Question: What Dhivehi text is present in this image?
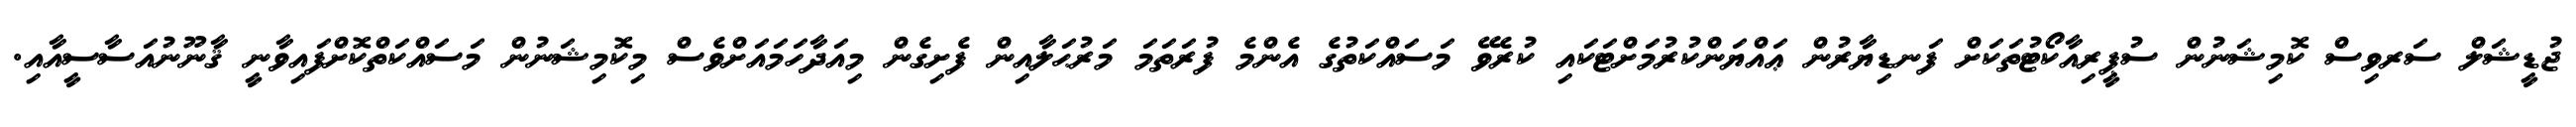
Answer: ޖުޑީޝަލް ސަރވިސް ކޮމިޝަނުން ސުޕީރިއާކޯޓުތަކަށް ފަނޑިޔާރުން ޢައްޔަންކުރުމަށްޓަކައި ކުރެވޭ މަސައްކަތުގެ އެންމެ ފުރަތަމަ މަރުޙަލާއިން ފެށިގެން މިއަދާހަމައަށްވެސް މިކޮމިޝަނުން މަސައްކަތްކޮށްފައިވާނީ ޤާނޫނުއަސާސީއާއި.